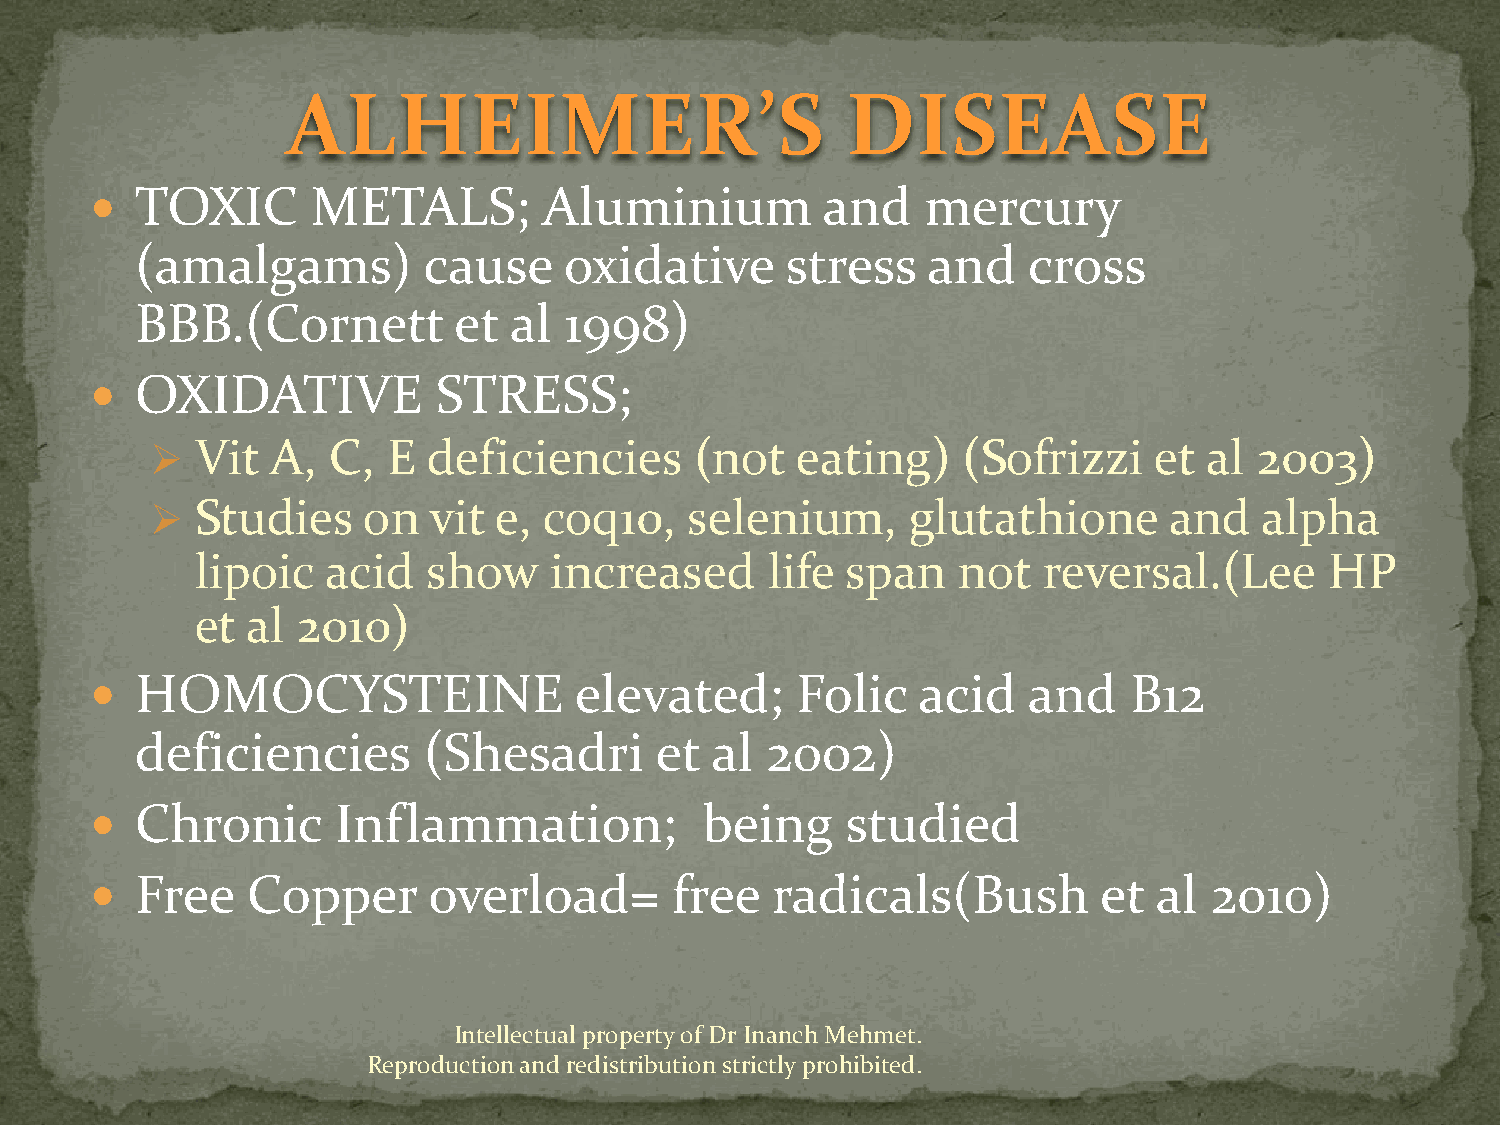
ALHEIMER’S                           DISEASE
   TOXIC       METALS;        Aluminium         and    mercury
 (amalgams)         cause    oxidative      stress   and    cross
 BBB.(Cornett         et  al 1998)
   OXIDATIVE           STRESS;
   Vit  A,  C,  E deficiencies      (not   eating)    (Sofrizzi   et  al 2003)
   Studies    on  vit  e, coq10,    selenium,     glutathione      and    alpha
 lipoic   acid  show    increased      life span   not   reversal.(Lee      HP
 et al  2010)
   HOMOCYSTEINE                 elevated;      Folic   acid   and    B12
 deficiencies       (Shesadri      et  al  2002)
   Chronic      Inflammation;            being    studied
   Free   Copper      overload=       free   radicals(Bush         et  al 2010)
 Intellectual property of Dr Inanch Mehmet.
 Reproduction and redistribution strictly prohibited.